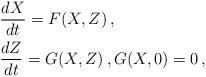
LaTeX: \begin{align*}&\frac{dX}{dt} = F(X, Z) \, , \\&\frac{dZ}{dt} = G(X, Z)\, , G(X, 0) = 0 \, ,\end{align*}